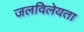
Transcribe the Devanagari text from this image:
जलविलेयता